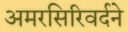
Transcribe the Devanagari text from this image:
अमरसिरिवर्दने